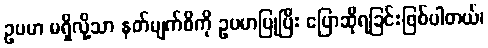
ဥပမာ မရှိလို့သာ နတ်မျက်စိကို ဥပမာပြုပြီး ပြောဆိုရခြင်းဖြစ်ပါတယ်၊